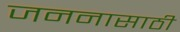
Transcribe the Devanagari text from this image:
जननासाठी